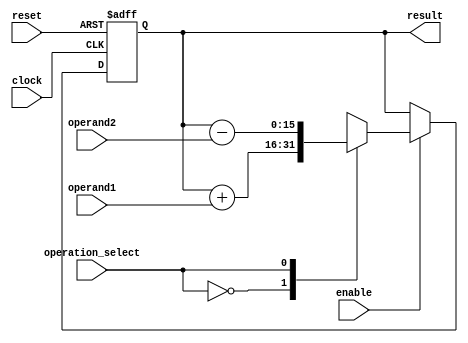
module accumulator(
    input wire clock,
    input wire reset,
    input wire enable,
    input wire [7:0] operand1,
    input wire [7:0] operand2,
    input wire operation_select, // 0: addition, 1: subtraction, 2: multiplication, 3: division
    output reg [15:0] result
);

reg [15:0] accumulator_reg;

always @(posedge clock or posedge reset) begin
    if (reset) begin
        accumulator_reg <= 16'b0;
    end else if (enable) begin
        case(operation_select)
            2'b00: accumulator_reg <= accumulator_reg + operand1;
            2'b01: accumulator_reg <= accumulator_reg - operand2;
            2'b10: accumulator_reg <= accumulator_reg * operand1;
            2'b11: accumulator_reg <= accumulator_reg / operand2;
        endcase
    end
end

assign result = accumulator_reg;

endmodule